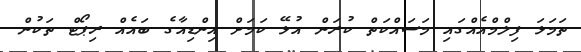
ތަމަޅަ ފިލްމްއެއްގައި މަސައްކަތް ކުރަން އުޅޭ ކަމަށް އިންޑިއާގެ ބައެއް ރިޕޯޓް ތަކުން